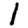
Digit: 1